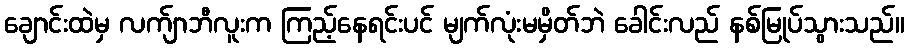
ချောင်းထဲမှ လက်ျာဘီလူးက ကြည့်နေရင်းပင် မျက်လုံးမမှိတ်ဘဲ ခေါင်းလည် နစ်မြုပ်သွားသည်။